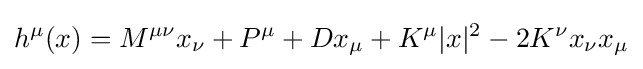
h^{\mu }(x)=M^{\mu \nu }x_{\nu }+P^{\mu }+Dx_{\mu }+K^{\mu }|x|^{2}-2K^{\nu }x_{\nu }x_{\mu }